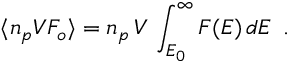
\langle n _ { p } V { \cal F } _ { o } \rangle = n _ { p } \, V \, \int _ { E _ { 0 } } ^ { \infty } F ( E ) \, d E \, \, \, .